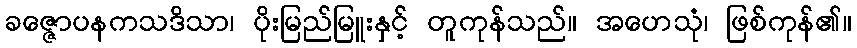
ခဇ္ဇောပနကသဒိသာ၊ ပိုးမြည်မြူးနှင့် တူကုန်သည်။ အဟေသုံ၊ ဖြစ်ကုန်၏။